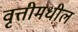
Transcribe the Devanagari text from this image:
वृत्तीमधील